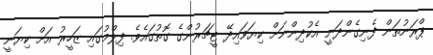
ޕްރަނުތަން ފެނިގެންދަނީ އެކުދިންނަށް ކިޔަވައިދޭ ޓީޗަރުންގެ ގޮތުގައެވެ. ފިލްމުގައި ޒަހީރު އަށް ކިޔަނީ